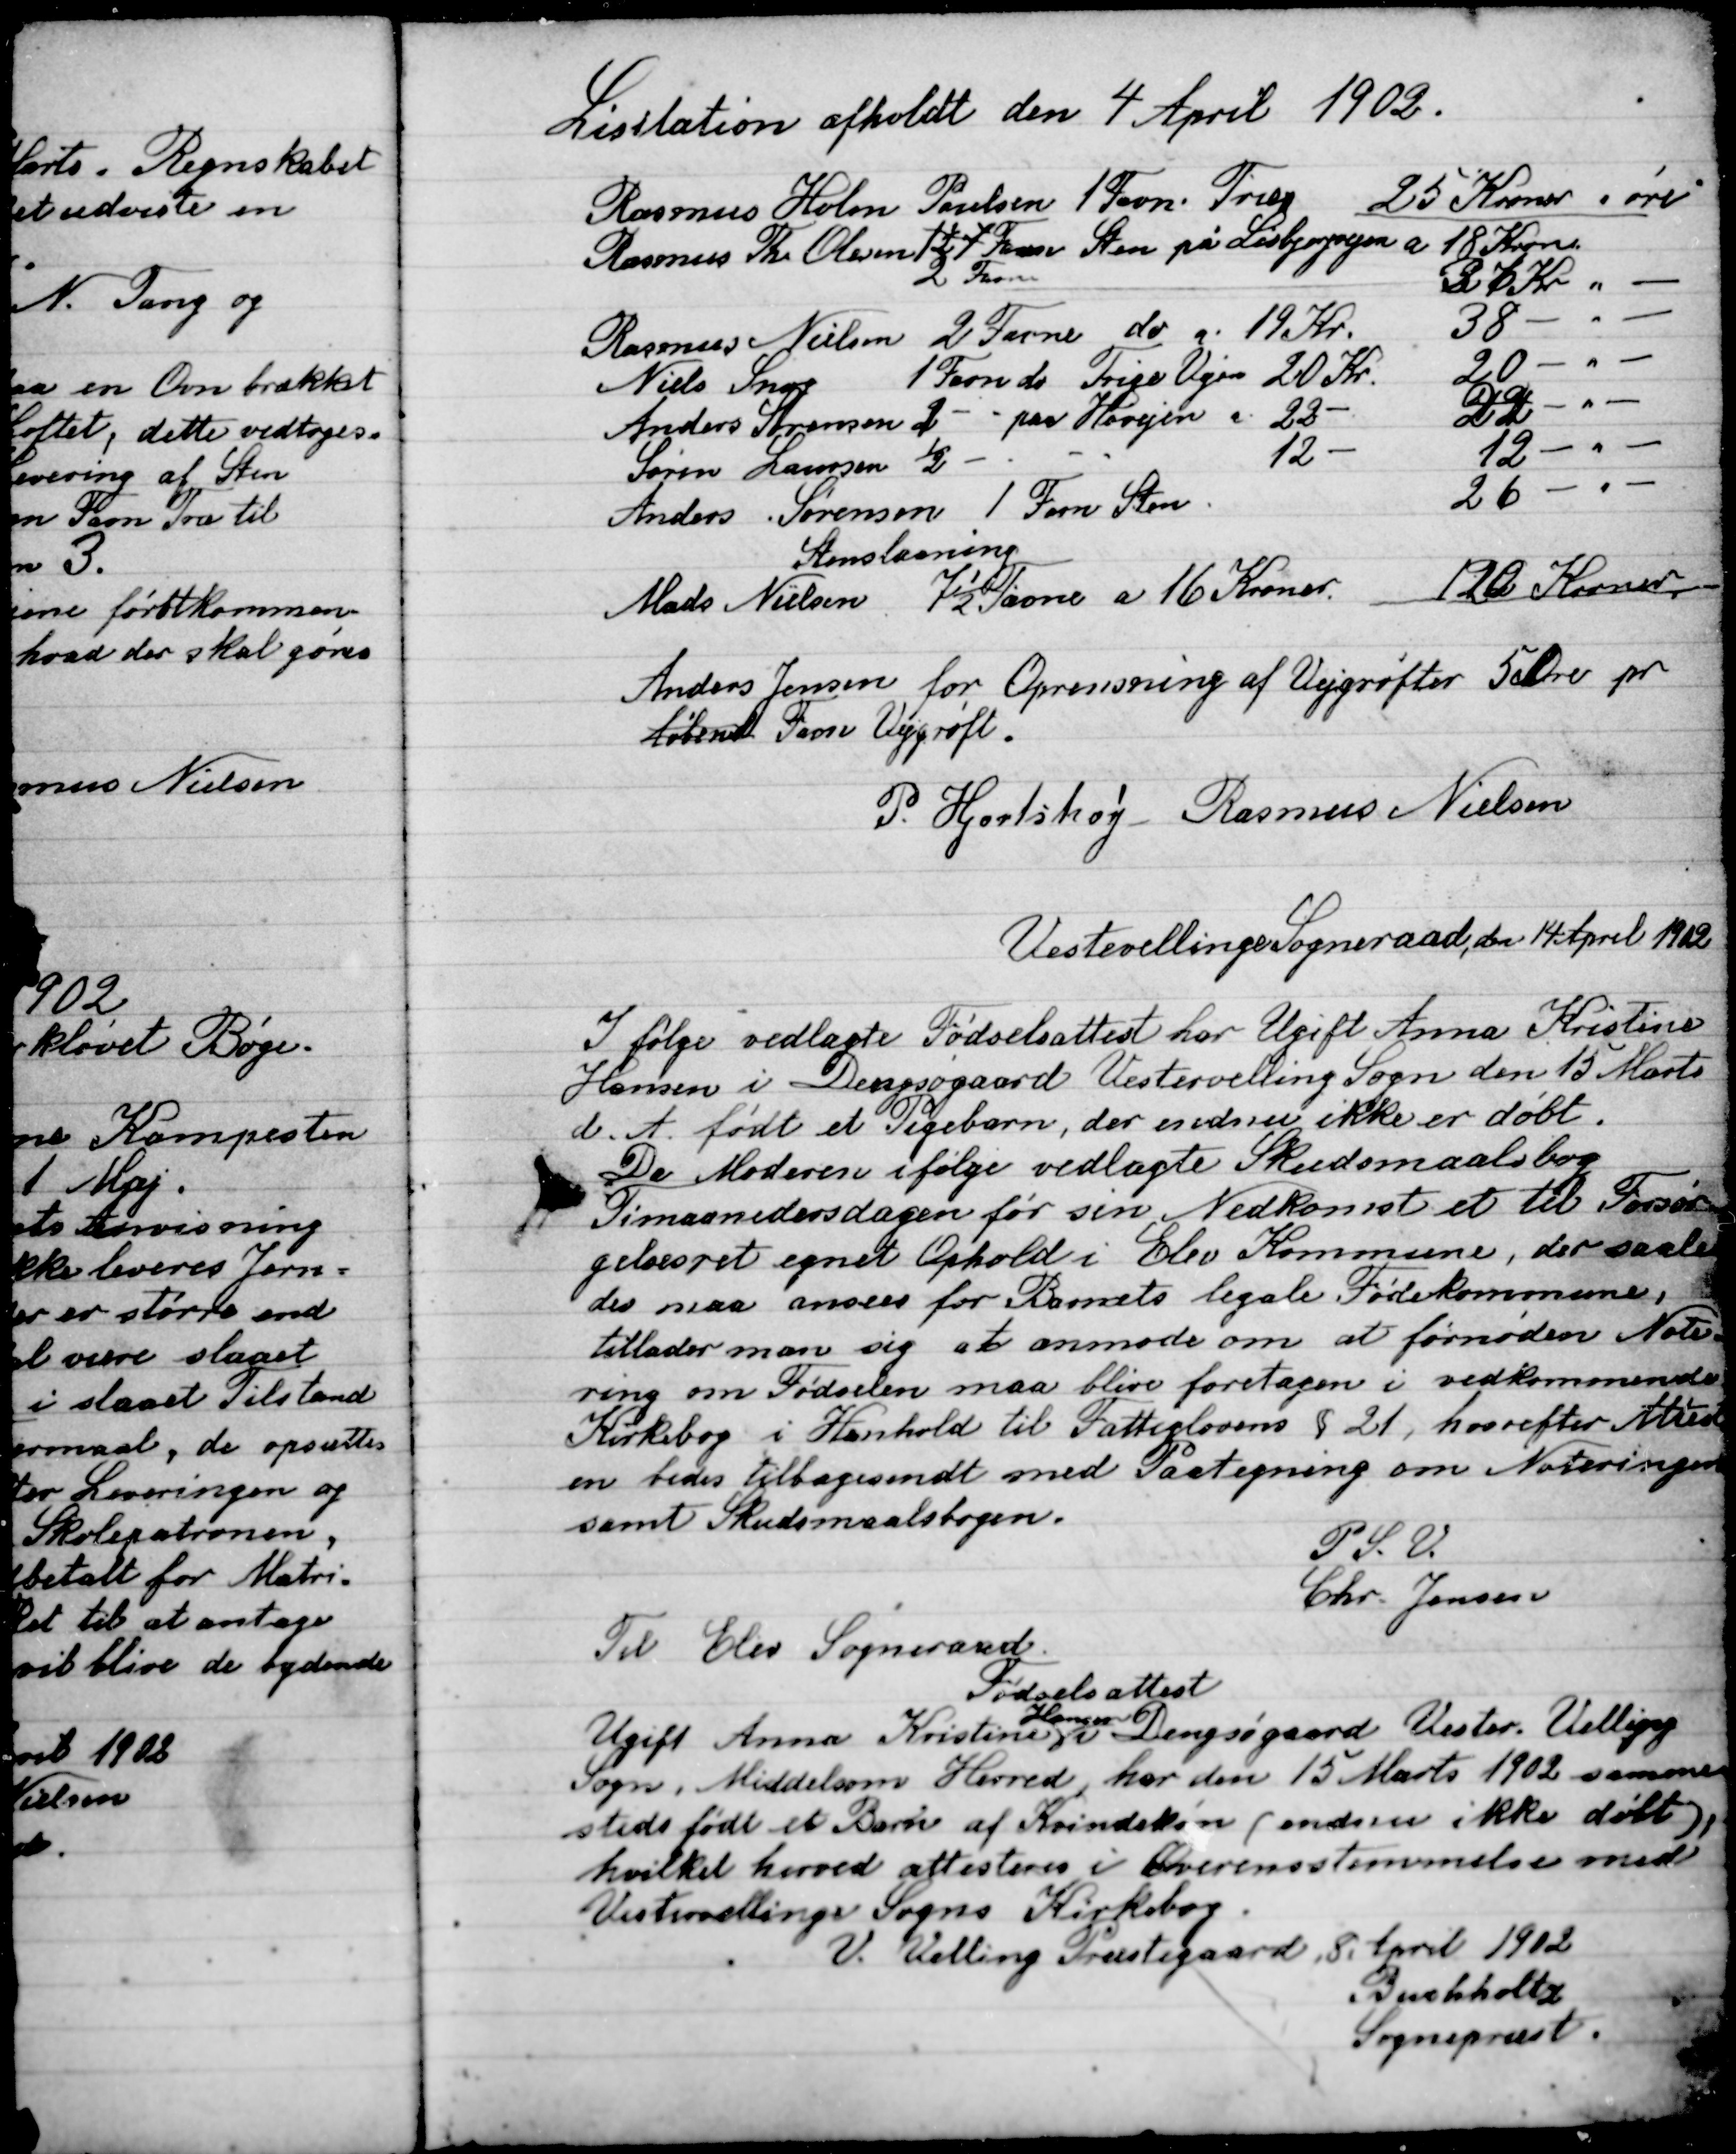
Transskription:
Licitation afholdt den 4 april 1902-

Anders Jensen for Oprensning af Vejgrøfter 5 Øre pr.
Løbende Favn Vejgrøft.
P. Hjortshøj
Rasmus Nielsen

Vestervellinger  Sogneraad, den 14 April 1902
Ifølge vedlagte Fødselsattest har Ugift Anna Kristine
Hansen i Dengsøgaard Vestervelling Sogn den 15 Marts
d. A. født et Pigebarn, der endnu ikke er døbt.
Da Moderen ifølge vedlagte Skudsmaalsbog
Timaanedersdagen før sin Nedkomst et til Forsør-
gelsesret egnet Ophold i Elev Kommune, der saale-
des må anses for Barnets legale Fødselskommune, 
tillader man sig at anmode om at fornøden Notering
om Fødselen maa blive foretaget i vedkommende
Kirkebog i Henholdt til Fattiglovens § 21, hvorefter attes-
ten bedes tilbagesendt med Paategning om Noteringen
samt Skudsmaalsbogen.
P.S.V.
Chr. Jensen

Til Elev Sogneraad
Fødselsattest
Ugift Anna Kristine
Hansen
v Dengsøgaard Vester. Velling
Sogn Middelsom Herred, har den 15 Marts 1902 samme-
sted født et barn af Kvindekøn (endnu ikke døbt),
hvilket her ved attesteres i Overensstemmelse med
Vestervellinge Sogns Kirkebog.
V. Velling Poulsgaard 8 april  1902
Benshholtz
Sognepræst